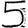
Digit: 5